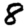
Digit: 8